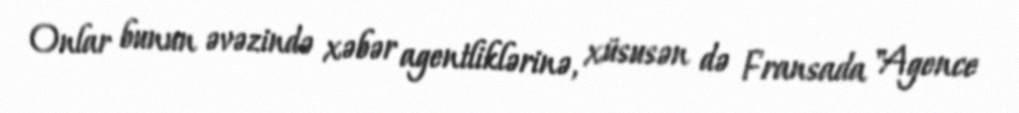
Onlar bunun əvəzində xəbər agentliklərinə, xüsusən də Fransada "Agence